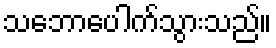
သဘောပေါက်သွားသည်။